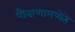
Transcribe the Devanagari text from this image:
पौत्राणामप्येते